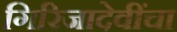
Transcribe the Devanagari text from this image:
गिरिजादेवींचा